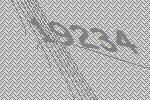
19234